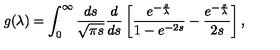
g ( \lambda ) = \int _ { 0 } ^ { \infty } \frac { d s } { \sqrt { \pi s } } \frac { d } { d s } \left[ \frac { e ^ { - \frac { s } { \lambda } } } { 1 - e ^ { - 2 s } } - \frac { e ^ { - \frac { s } { \lambda } } } { 2 s } \right] ,